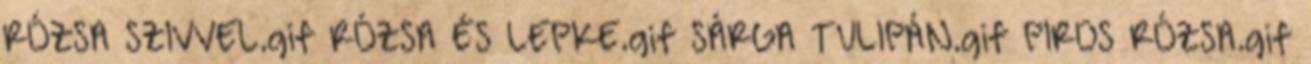
RÓZSA SZIVVEL.gif RÓZSA ÉS LEPKE.gif SÁRGA TULIPÁN.gif PIROS RÓZSA.gif